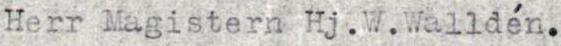
Herr Magistern Hj. W. Walldén.